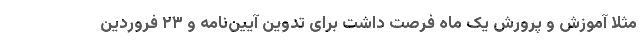
مثلا آموزش و پرورش یک ماه فرصت داشت برای تدوین آیین‌نامه و ۲۳ فروردین